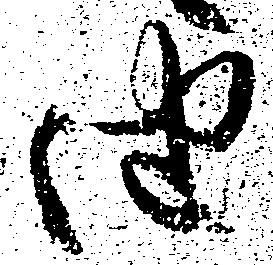
由